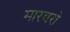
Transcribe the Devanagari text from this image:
मारबरो